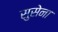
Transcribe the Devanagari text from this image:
सुसेना